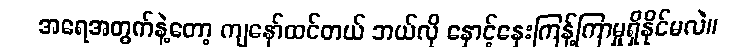
အရေအတွက်နဲ့တော့ ကျနော်ထင်တယ် ဘယ်လို နှောင့်နှေးကြန့်ကြာမှုရှိနိုင်မလဲ။